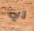
لي